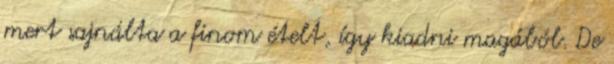
mert sajnálta a finom ételt, így kiadni magából. De